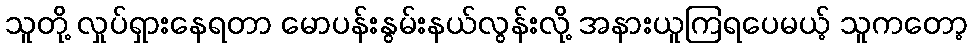
သူတို့ လှုပ်ရှားနေရတာ မောပန်းနွမ်းနယ်လွန်းလို့ အနားယူကြရပေမယ့် သူကတော့